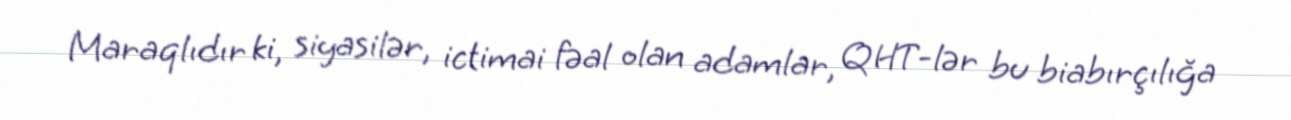
Maraqlıdır ki, siyasilər, ictimai fəal olan adamlar, QHT-lər bu biabırçılığa